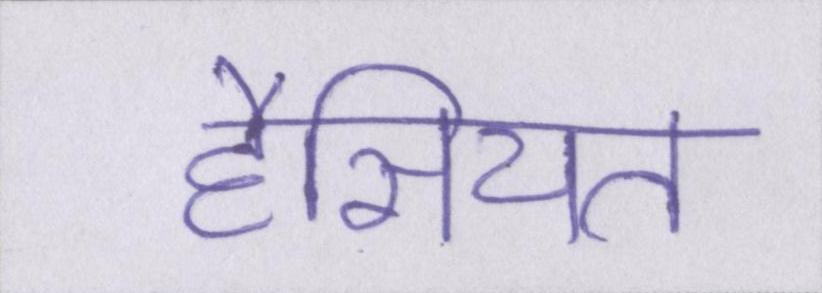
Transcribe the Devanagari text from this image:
हैसियत